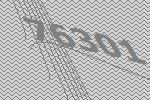
76301